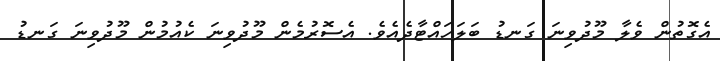
އެގޮތުން ވެލާ މޫދުވިނަ ގަނޑު ބަލަހައްޓާދެއެވެ. އެސޮރުމެން މޫދުވިނަ ކެއުމުން މޫދުވިނަ ގަނޑު